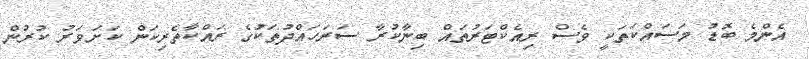
އެންމެ ބޮޑު މަސައްކަތަކީ ވެސް ރިއެކްޓަރުތައް ބިނާކުރާ ސަރަހައްދުތަކުގެ ރައްކާތެރިކަން ކަށަވަރު ކުރުން